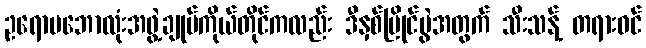
ဥရောပဘောလုံးအဖွဲ့ချုပ်ကိုယ်တိုင်ကလည်း ဒီနှစ်ပြိုင်ပွဲအတွက် သီးသန့် တရားဝင်